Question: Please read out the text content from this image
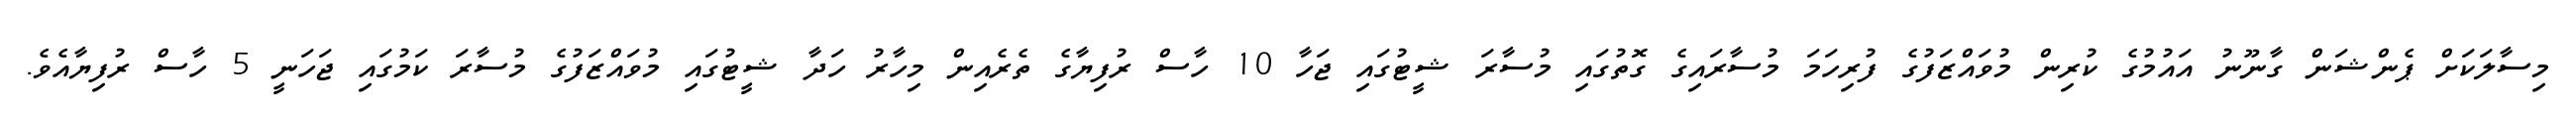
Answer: މިސާލަކަށް ޕެންޝަން ގާނޫނު އައުމުގެ ކުރިން މުވައްޒަފުގެ ފުރިހަމަ މުސާރައިގެ ގޮތުގައި މުސާރަ ޝީޓުގައި ޖަހާ 10 ހާސް ރުފިޔާގެ ތެރެއިން މިހާރު ހަދާ ޝީޓުގައި މުވައްޒަފުގެ މުސާރަ ކަމުގައި ޖަހަނީ 5 ހާސް ރުފިޔާއެވެ.